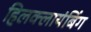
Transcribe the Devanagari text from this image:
हिलक्लायंबिंग